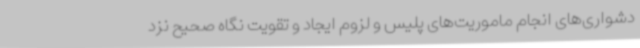
دشواری‌های انجام ماموریت‌های پلیس و لزوم ایجاد و تقویت نگاه صحیح نزد